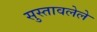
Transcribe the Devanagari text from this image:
सुस्तावलेले